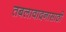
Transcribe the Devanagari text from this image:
तबलावादनासाठी